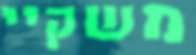
משקיי